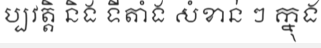
ប្បវត្តិ និង ទីតាំង សំខាន់ ៗ ក្នុង